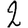
Digit: 2